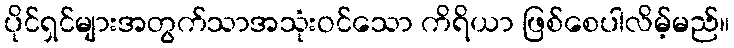
ပိုင်ရှင်များအတွက်သာအသုံးဝင်သော ကိရိယာ ဖြစ်စေပါလိမ့်မည်။